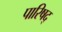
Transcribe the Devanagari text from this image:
पारिषद्